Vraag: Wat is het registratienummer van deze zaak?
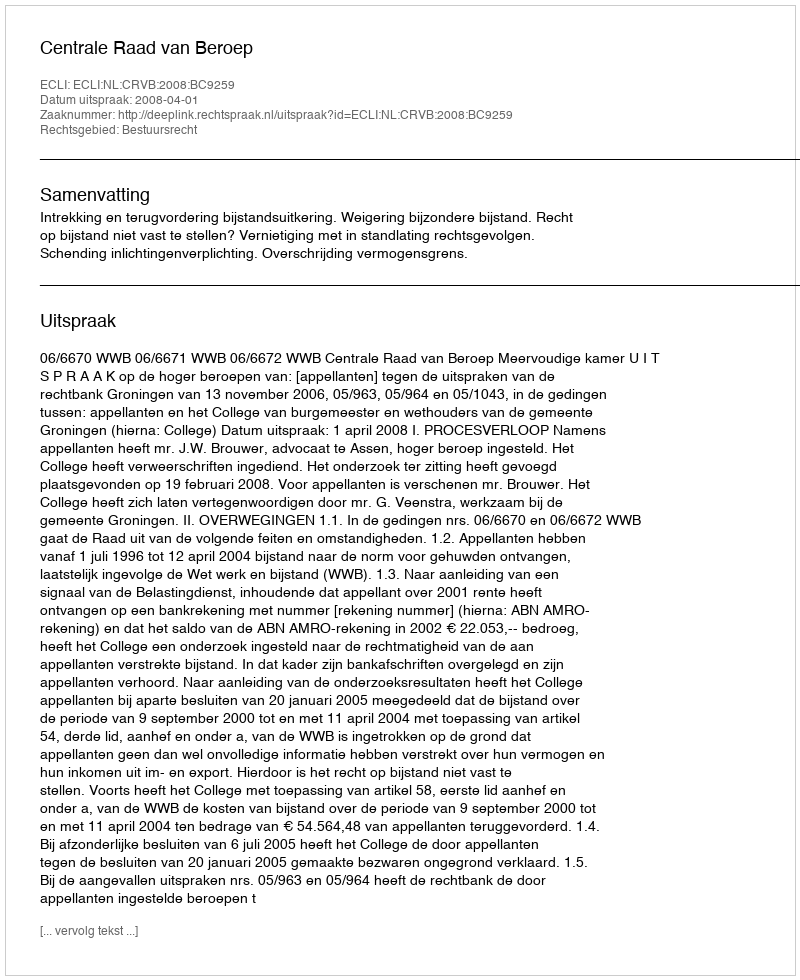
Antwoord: http://deeplink.rechtspraak.nl/uitspraak?id=ECLI:NL:CRVB:2008:BC9259